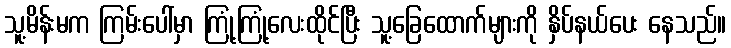
သူ့မိန်းမက ကြမ်းပေါ်မှာ ကြုံ့ကြုံ့လေးထိုင်ပြီး သူ့ခြေထောက်များကို နှိပ်နယ်ပေး နေသည်။